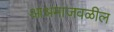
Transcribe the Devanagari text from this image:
आश्रमाजवळील